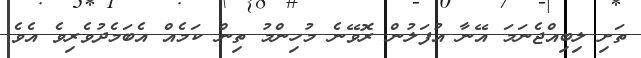
ތަށި ލިބިއްޖެނަމަ އޭނާ އުފަލުން ރޮވޭނެ މުހިންމު ތިން ކަމެއް އެބަމެދުވެރިވެ އެވެ.